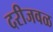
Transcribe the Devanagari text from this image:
दरीजवळ